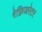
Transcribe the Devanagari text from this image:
रेफ़्रिजरेटर